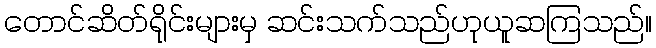
တောင်ဆိတ်ရိုင်းများမှ ဆင်းသက်သည်ဟုယူဆကြသည်။